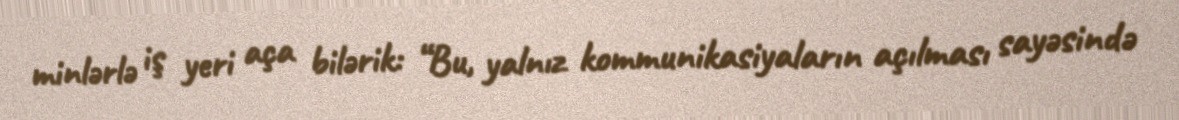
minlərlə iş yeri aça bilərik: “Bu, yalnız kommunikasiyaların açılması sayəsində